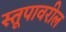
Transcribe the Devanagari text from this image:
स्तूपावरील